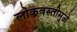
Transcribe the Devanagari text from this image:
लोकवस्तीमुळे